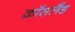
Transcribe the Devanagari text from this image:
क्रॉसलैंड